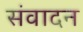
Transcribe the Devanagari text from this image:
संवादन